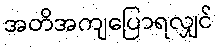
အတိအကျပြောရလျှင်